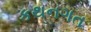
કથનગત